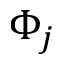
\Phi _ { j }